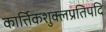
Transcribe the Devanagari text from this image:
कार्त्तिकशुक्लप्रतिपदि